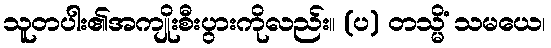
သူတပါး၏အကျိုးစီးပွားကိုလည်း။ (ပ) တသ္မိံ သမယေ၊